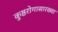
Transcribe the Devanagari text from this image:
कुष्ठरोगासारख्या